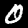
Digit: 0